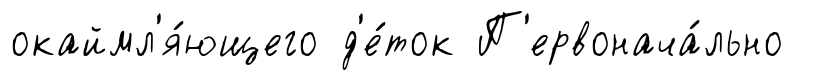
окаймл'я́ющего д'е́ток П'ервонача́льно